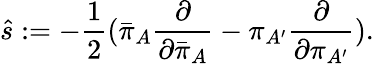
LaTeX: {\hat{s}}:=-{\frac{1}{2}}({\bar{\pi}}_{A}{\frac{\partial}{\partial{\bar{\pi}}_{A}}}-\pi_{A^{\prime}}{\frac{\partial}{\partial\pi_{A^{\prime}}}}).